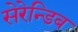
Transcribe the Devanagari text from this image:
सेरेन्डिब